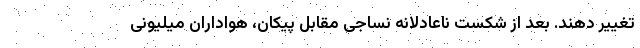
تغییر دهند. بعد از شکست ناعادلانه نساجی مقابل پیکان، هواداران میلیونی